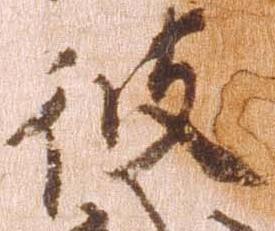
彼